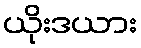
ယိုးဒယား